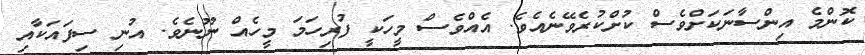
ކޮންމެ އިންސާނަކަށްވެސް ކުށްކުރެވޭނެއެވެ. އެއްވެސް މީހަކީ ފުރިހަމަ މީހެއް ނޫނެވެ. އުނި ސިފައަކާއި